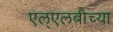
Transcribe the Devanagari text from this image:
एल्‌एलबीच्या